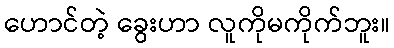
ဟောင်တဲ့ ခွေးဟာ လူကိုမကိုက်ဘူး။